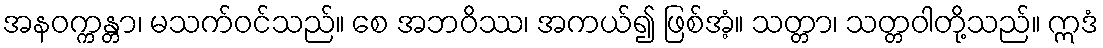
အနဝက္ကန္တာ၊ မသက်ဝင်သည်။ စေ အဘဝိဿ၊ အကယ်၍ ဖြစ်အံ့။ သတ္တာ၊ သတ္တဝါတို့သည်။ ဣဒံ